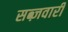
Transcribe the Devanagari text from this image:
सब्ज़वारी